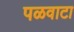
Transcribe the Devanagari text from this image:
पळवाटा